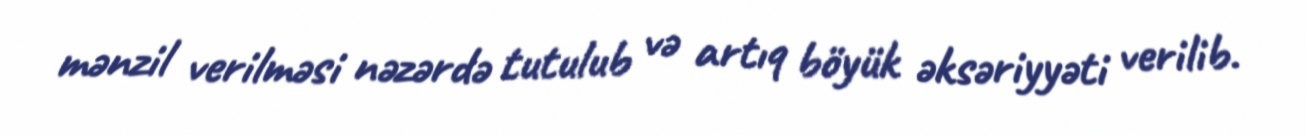
mənzil verilməsi nəzərdə tutulub və artıq böyük əksəriyyəti verilib.